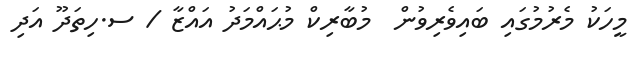
މީހަކު މެރުމުގައި ބައިވެރިވުން  މުބާރިކް މުޙައްމަދު އައްޒާ / ސ.ހިތަދޫ އަދި